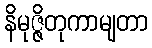
နိမုဇ္ဇိတုကာမျတာ